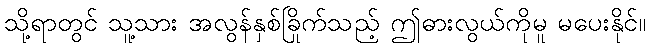
သို့ရာတွင် သူ့သား အလွန်နှစ်ခြိုက်သည့် ဤဓားလွယ်ကိုမူ မပေးနိုင်။